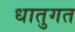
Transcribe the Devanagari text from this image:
धातुगत